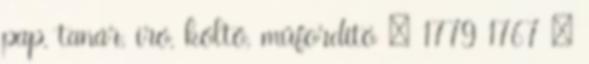
pap, tanár, író, költő, műfordító † 1779 1767 –